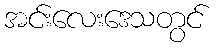
အင်းလေးဒေသတွင်